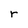
Character: r